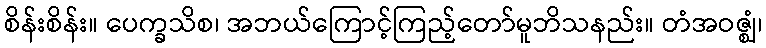
စိန်းစိန်း။ ပေက္ခသိစ၊ အဘယ်ကြောင့်ကြည့်တော်မူဘိသနည်း။ တံအဝဇ္ဈံ၊